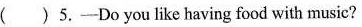
( )5.—Do you like having food with music?